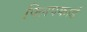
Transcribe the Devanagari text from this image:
फ्लिपकार्ड